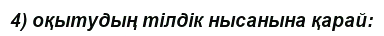
4) оқытудың тілдік нысанына қарай: